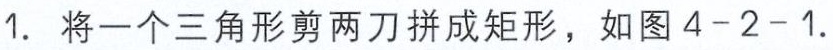
1. 将一个三角形剪两刀拼成矩形，如图4 - 2 - 1.